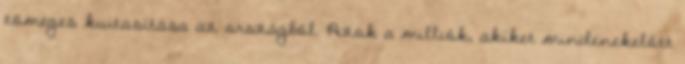
tömeges kiutasítása az országból. Azok a milliók, akiket mindenekelőtt